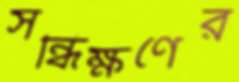
সন্ধিক্ষণের